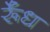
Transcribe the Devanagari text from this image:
र्रूँध